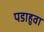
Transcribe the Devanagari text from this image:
पडाहुवा